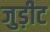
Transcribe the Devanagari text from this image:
जुड़ीट